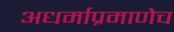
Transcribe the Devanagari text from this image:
अधर्माप्रमाणेच